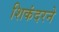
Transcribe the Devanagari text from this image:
शिकंदरने